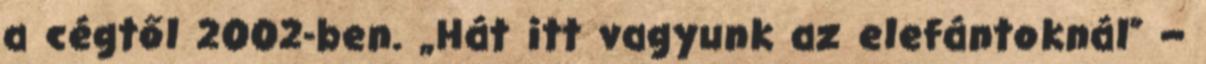
a cégtől 2002-ben. „Hát itt vagyunk az elefántoknál” –